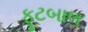
ફૂટબાલ